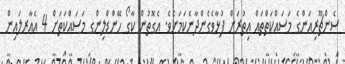
ސެންޗޫރިއަންގެ މަސައްކަތްތައް އިތުރަށް ފުޅާވެގެންދާނެކަމަށެވެ. އެގޮތުން ކާގޯ ހޭންޑްލިންގ މަސައްކަތަށް 4 އެއާރލައިން